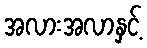
အလားအလာနှင့်